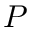
P